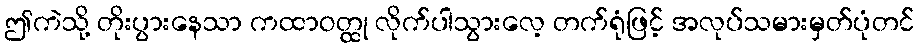
ဤကဲသို့ တိုးပွားနေသာ ကထာဝတ္ထု လိုက်ပါသွားလေ့ တက်ရုံဖြင့် အလုပ်သမားမှတ်ပုံတင်